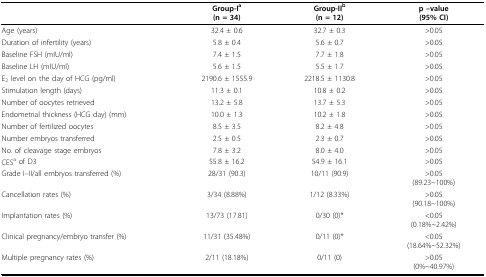
|  | Group-Ia(n = 34) | Group-IIb(n = 12) | p --value(95% CI) |
 | --- | --- | --- | --- |
 | Age (years) | 32.4 ± 0.6 | 32.7 ± 0.3 | >0.05 |
 | Duration of infertility (years) | 5.8 ± 0.4 | 5.6 ± 0.7 | >0.05 |
 | Baseline FSH (mIU/ml) | 7.4 ± 1.5 | 7.7 ± 1.8 | >0.05 |
 | Baseline LH (mIU/ml) | 5.6 ± 1.5 | 5.5 ± 1.7 | >0.05 |
 | E2 level on the day of HCG (pg/ml) | 2190.6 ± 1555.9 | 2218.5 ± 1130.8 | >0.05 |
 | Stimulation length (days) | 11.3 ± 0.1 | 10.8 ± 0.2 | >0.05 |
 | Number of oocytes retrieved | 13.2 ± 5.8 | 13.7 ± 5.3 | >0.05 |
 | Endometrial thickness (HCG day) (mm) | 10.0 ± 1.3 | 10.2 ± 1.8 | >0.05 |
 | Number of fertilized oocytes | 8.5 ± 3.5 | 8.2 ± 4.8 | >0.05 |
 | Number embryos transferred | 2.5 ± 0.5 | 2.3 ± 0.7 | >0.05 |
 | No. of cleavage stage embryos | 7.8 ± 3.2 | 8.0 ± 4.0 | >0.05 |
 | CESa of D3 | 55.8 ± 16.2 | 54.9 ± 16.1 | >0.05 |
 | Grade I--II/all embryos transferred (%) | 28/31 (90.3) | 10/11 (90.9) | >0.05(89.23~100%) |
 | Cancellation rates (%) | 3/34 (8.88%) | 1/12 (8.33%) | >0.05(90.18~100%) |
 | Implantation rates (%) | 13/73 (17.81) | 0/30(0)* | <0.05(0.18%~2.42%) |
 | Clinical pregnancy/embryo transfer (%) | 11/31 (35.48%) | 0/11 (0)* | <0.05(18.64%~52.32%) |
 | Multiple pregnancy rates (%) | 2/11 (18.18%) | 0/11 (0) | >0.05(0%~40.97%) |